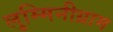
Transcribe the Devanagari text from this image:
लुम्मिनीग्राम